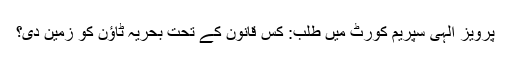
پرویز الٰہی سپریم کورٹ میں طلب: کس قانون کے تحت بحریہ ٹاؤن کو زمین دی؟